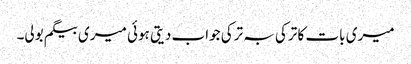
میری بات کا ترکی بہ ترکی جواب دیتی ہوئی میری بیگم بولی۔